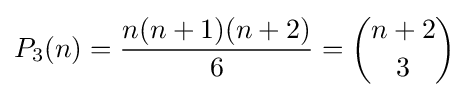
P_{3}(n)={\frac {n(n+1)(n+2)}{6}}={\binom {n+2}{3}}